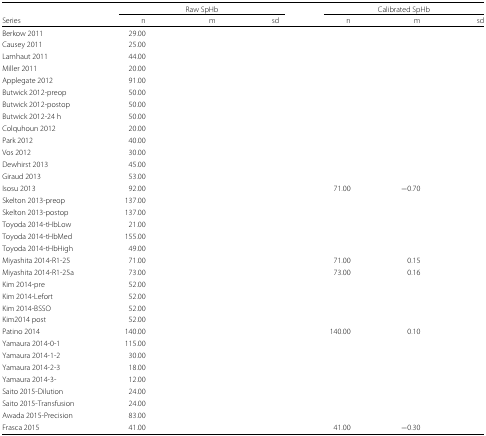
<table><thead><tr><td>[EMPTY_CELL]</td><td colspan="3"><b>Raw SpHb</b></td><td colspan="3"><b>Calibrated SpHb</b></td></tr><tr><td><b>Series</b></td><td><b>n</b></td><td><b>m</b></td><td><b>sd</b></td><td><b>n</b></td><td><b>m</b></td><td><b>sd</b></td></tr></thead><tbody><tr><td>Berkow 2011</td><td>29.00</td><td>[EMPTY_CELL]</td><td>[EMPTY_CELL]</td><td>[EMPTY_CELL]</td><td>[EMPTY_CELL]</td><td>[EMPTY_CELL]</td></tr><tr><td>Causey 2011</td><td>25.00</td><td>[EMPTY_CELL]</td><td>[EMPTY_CELL]</td><td>[EMPTY_CELL]</td><td>[EMPTY_CELL]</td><td>[EMPTY_CELL]</td></tr><tr><td>Lamhaut 2011</td><td>44.00</td><td>[EMPTY_CELL]</td><td>[EMPTY_CELL]</td><td>[EMPTY_CELL]</td><td>[EMPTY_CELL]</td><td>[EMPTY_CELL]</td></tr><tr><td>Miller 2011</td><td>20.00</td><td>[EMPTY_CELL]</td><td>[EMPTY_CELL]</td><td>[EMPTY_CELL]</td><td>[EMPTY_CELL]</td><td>[EMPTY_CELL]</td></tr><tr><td>Applegate 2012</td><td>91.00</td><td>[EMPTY_CELL]</td><td>[EMPTY_CELL]</td><td>[EMPTY_CELL]</td><td>[EMPTY_CELL]</td><td>[EMPTY_CELL]</td></tr><tr><td>Butwick 2012-preop</td><td>50.00</td><td>[EMPTY_CELL]</td><td>[EMPTY_CELL]</td><td>[EMPTY_CELL]</td><td>[EMPTY_CELL]</td><td>[EMPTY_CELL]</td></tr><tr><td>Butwick 2012-postop</td><td>50.00</td><td>[EMPTY_CELL]</td><td>[EMPTY_CELL]</td><td>[EMPTY_CELL]</td><td>[EMPTY_CELL]</td><td>[EMPTY_CELL]</td></tr><tr><td>Butwick 2012-24 h</td><td>50.00</td><td>[EMPTY_CELL]</td><td>[EMPTY_CELL]</td><td>[EMPTY_CELL]</td><td>[EMPTY_CELL]</td><td>[EMPTY_CELL]</td></tr><tr><td>Colquhoun 2012</td><td>20.00</td><td>[EMPTY_CELL]</td><td>[EMPTY_CELL]</td><td>[EMPTY_CELL]</td><td>[EMPTY_CELL]</td><td>[EMPTY_CELL]</td></tr><tr><td>Park 2012</td><td>40.00</td><td>[EMPTY_CELL]</td><td>[EMPTY_CELL]</td><td>[EMPTY_CELL]</td><td>[EMPTY_CELL]</td><td>[EMPTY_CELL]</td></tr><tr><td>Vos 2012</td><td>30.00</td><td>[EMPTY_CELL]</td><td>[EMPTY_CELL]</td><td>[EMPTY_CELL]</td><td>[EMPTY_CELL]</td><td>[EMPTY_CELL]</td></tr><tr><td>Dewhirst 2013</td><td>45.00</td><td>[EMPTY_CELL]</td><td>[EMPTY_CELL]</td><td>[EMPTY_CELL]</td><td>[EMPTY_CELL]</td><td>[EMPTY_CELL]</td></tr><tr><td>Giraud 2013</td><td>53.00</td><td>[EMPTY_CELL]</td><td>[EMPTY_CELL]</td><td>[EMPTY_CELL]</td><td>[EMPTY_CELL]</td><td>[EMPTY_CELL]</td></tr><tr><td>Isosu 2013</td><td>92.00</td><td>[EMPTY_CELL]</td><td>[EMPTY_CELL]</td><td>71.00</td><td>−0.70</td><td>[EMPTY_CELL]</td></tr><tr><td>Skelton 2013-preop</td><td>137.00</td><td>[EMPTY_CELL]</td><td>[EMPTY_CELL]</td><td>[EMPTY_CELL]</td><td>[EMPTY_CELL]</td><td>[EMPTY_CELL]</td></tr><tr><td>Skelton 2013-postop</td><td>137.00</td><td>[EMPTY_CELL]</td><td>[EMPTY_CELL]</td><td>[EMPTY_CELL]</td><td>[EMPTY_CELL]</td><td>[EMPTY_CELL]</td></tr><tr><td>Toyoda 2014-tHbLow</td><td>21.00</td><td>[EMPTY_CELL]</td><td>[EMPTY_CELL]</td><td>[EMPTY_CELL]</td><td>[EMPTY_CELL]</td><td>[EMPTY_CELL]</td></tr><tr><td>Toyoda 2014-tHbMed</td><td>155.00</td><td>[EMPTY_CELL]</td><td>[EMPTY_CELL]</td><td>[EMPTY_CELL]</td><td>[EMPTY_CELL]</td><td>[EMPTY_CELL]</td></tr><tr><td>Toyoda 2014-tHbHigh</td><td>49.00</td><td>[EMPTY_CELL]</td><td>[EMPTY_CELL]</td><td>[EMPTY_CELL]</td><td>[EMPTY_CELL]</td><td>[EMPTY_CELL]</td></tr><tr><td>Miyashita 2014-R1-25</td><td>71.00</td><td>[EMPTY_CELL]</td><td>[EMPTY_CELL]</td><td>71.00</td><td>0.15</td><td>[EMPTY_CELL]</td></tr><tr><td>Miyashita 2014-R1-25a</td><td>73.00</td><td>[EMPTY_CELL]</td><td>[EMPTY_CELL]</td><td>73.00</td><td>0.16</td><td>[EMPTY_CELL]</td></tr><tr><td>Kim 2014-pre</td><td>52.00</td><td>[EMPTY_CELL]</td><td>[EMPTY_CELL]</td><td>[EMPTY_CELL]</td><td>[EMPTY_CELL]</td><td>[EMPTY_CELL]</td></tr><tr><td>Kim 2014-Lefort</td><td>52.00</td><td>[EMPTY_CELL]</td><td>[EMPTY_CELL]</td><td>[EMPTY_CELL]</td><td>[EMPTY_CELL]</td><td>[EMPTY_CELL]</td></tr><tr><td>Kim 2014-BSSO</td><td>52.00</td><td>[EMPTY_CELL]</td><td>[EMPTY_CELL]</td><td>[EMPTY_CELL]</td><td>[EMPTY_CELL]</td><td>[EMPTY_CELL]</td></tr><tr><td>Kim2014 post</td><td>52.00</td><td>[EMPTY_CELL]</td><td>[EMPTY_CELL]</td><td>[EMPTY_CELL]</td><td>[EMPTY_CELL]</td><td>[EMPTY_CELL]</td></tr><tr><td>Patino 2014</td><td>140.00</td><td>[EMPTY_CELL]</td><td>[EMPTY_CELL]</td><td>140.00</td><td>0.10</td><td>[EMPTY_CELL]</td></tr><tr><td>Yamaura 2014-0-1</td><td>115.00</td><td>[EMPTY_CELL]</td><td>[EMPTY_CELL]</td><td>[EMPTY_CELL]</td><td>[EMPTY_CELL]</td><td>[EMPTY_CELL]</td></tr><tr><td>Yamaura 2014-1-2</td><td>30.00</td><td>[EMPTY_CELL]</td><td>[EMPTY_CELL]</td><td>[EMPTY_CELL]</td><td>[EMPTY_CELL]</td><td>[EMPTY_CELL]</td></tr><tr><td>Yamaura 2014-2-3</td><td>18.00</td><td>[EMPTY_CELL]</td><td>[EMPTY_CELL]</td><td>[EMPTY_CELL]</td><td>[EMPTY_CELL]</td><td>[EMPTY_CELL]</td></tr><tr><td>Yamaura 2014-3-</td><td>12.00</td><td>[EMPTY_CELL]</td><td>[EMPTY_CELL]</td><td>[EMPTY_CELL]</td><td>[EMPTY_CELL]</td><td>[EMPTY_CELL]</td></tr><tr><td>Saito 2015-Dilution</td><td>24.00</td><td>[EMPTY_CELL]</td><td>[EMPTY_CELL]</td><td>[EMPTY_CELL]</td><td>[EMPTY_CELL]</td><td>[EMPTY_CELL]</td></tr><tr><td>Saito 2015-Transfusion</td><td>24.00</td><td>[EMPTY_CELL]</td><td>[EMPTY_CELL]</td><td>[EMPTY_CELL]</td><td>[EMPTY_CELL]</td><td>[EMPTY_CELL]</td></tr><tr><td>Awada 2015-Precision</td><td>83.00</td><td>[EMPTY_CELL]</td><td>[EMPTY_CELL]</td><td>[EMPTY_CELL]</td><td>[EMPTY_CELL]</td><td>[EMPTY_CELL]</td></tr><tr><td>Frasca 2015</td><td>41.00</td><td>[EMPTY_CELL]</td><td>[EMPTY_CELL]</td><td>41.00</td><td>−0.30</td><td>[EMPTY_CELL]</td></tr></tbody></table>